Civil Veterinary Department Bihar & Orissa reports 1922-29 - 1922-1929
Year: 1922
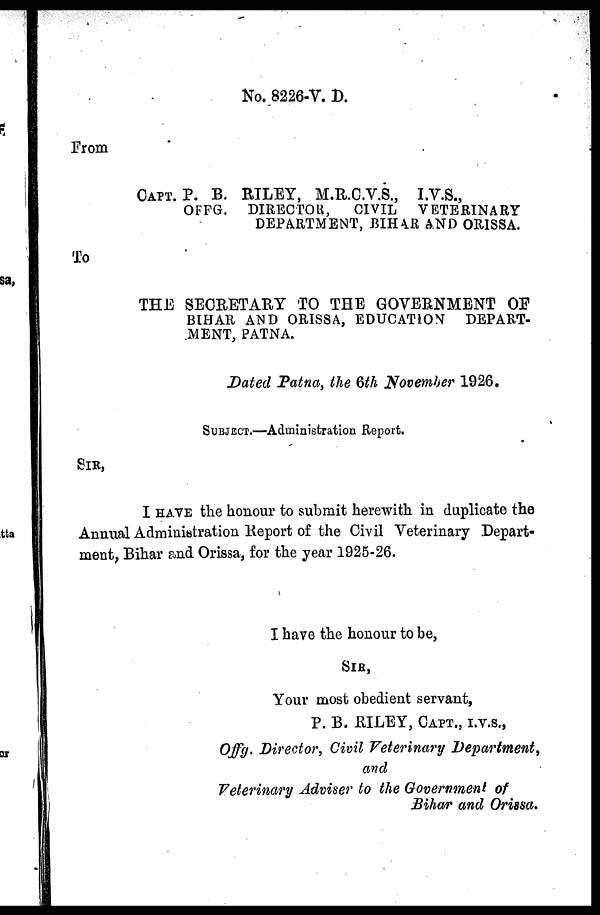
No. 8226-V. D.
From
CAPT. P. B. RILEY, M.R.C.V.S., I.V.S.,
OFFG.
DIRECTOR,
CIVIL
VETERINARY
DEPARTMENT, BIHAR AND ORISSA.
To
THE SECRETARY TO THE GOVERNMENT OF
BIHAR AND ORISSA, EDUCATION
DEPART-
MENT, PATNA.
Dated Patna, the 6th November 1926.
SUBJECT.—Administration Report.
SIR,
I HAVE the honour to submit herewith in duplicate the
Annual Administration Report of the Civil Veterinary Depart-
ment, Bihar and Orissa, for the year 1925-26.
I have the honour to be,
SIR,
Your most obedient servant,
P. B. RILEY, CAPT., I.V.S.,
Offg. Director, Civil Veterinary Department,
and
Veterinary Adviser to the Government of
Bihar and Orissa.